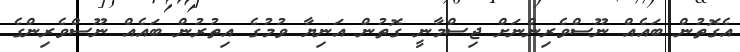
އެގޮތުން ބައެއް ނޫސްވެރިންނަށް ޖިސްމާނީ ގޮތުން އަނިޔާ ވުމުގެ އިތުރުން ބައެއް ނޫސްވެރިންގެ